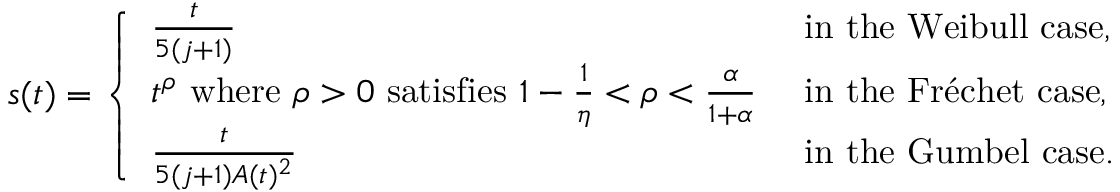
s ( t ) = \left\{ \begin{array} { l l } { \frac { t } { 5 ( j + 1 ) } } & { \mathrm { ~ i n ~ t h e ~ W e i b u l l ~ c a s e , } } \\ { t ^ { \rho } \mathrm { ~ w h e r e ~ } \rho > 0 \mathrm { ~ s a t i s f i e s ~ } 1 - \frac 1 \eta < \rho < \frac \alpha { 1 + \alpha } } & { \mathrm { ~ i n ~ t h e ~ F r \' e c h e t ~ c a s e , } } \\ { \frac { t } { 5 ( j + 1 ) A ( t ) ^ { 2 } } } & { \mathrm { ~ i n ~ t h e ~ G u m b e l ~ c a s e . } } \end{array} \right.